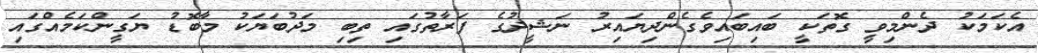
އެކަމަކު ދެންމިވީ ގޮތަކީ ބައިބައިވެގެންދިޔައިރު ނަޝީދުގެ ފަރާތުގައި ތިބި މަދުބަޔަކު މާބޮޑު ޔަގީންކަމެއްގައި